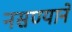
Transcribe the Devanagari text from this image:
नसण्याने